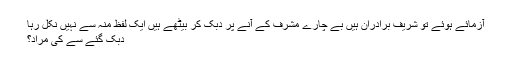
آزمائے ہوئے تو شریف برادران ہیں بے چارے مشرف کے آنے پر دُبک کر بیٹھے ہیں ایک لفظ منہ سے نہیں نکل رہا
دبک گئے سے کی مراد؟